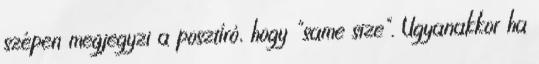
szépen megjegyzi a posztíró, hogy "same size". Ugyanakkor ha